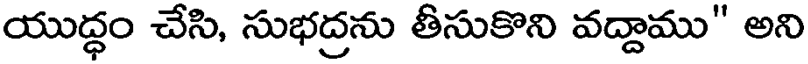
యుద్ధం చేసి, సుభద్రను తీసుకొని వద్దాము" అని